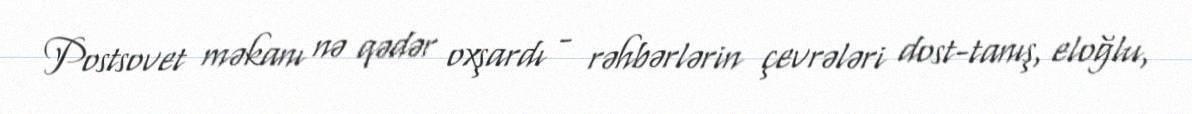
Postsovet məkanı nə qədər oxşardı - rəhbərlərin çevrələri dost-tanış, eloğlu,